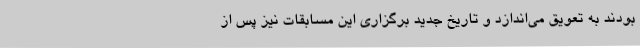
بودند به تعویق می‌اندازد و تاریخ جدید برگزاری این مسابقات نیز پس از